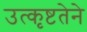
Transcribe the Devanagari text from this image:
उत्कृष्टतेने